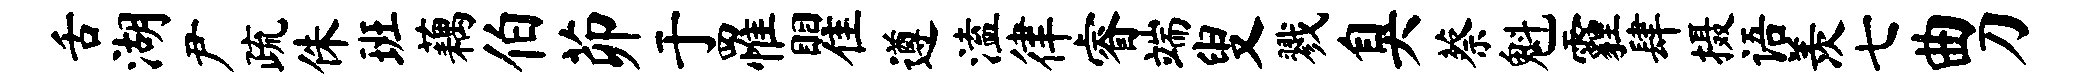
舌湖尹疏侏班藕伯茆于罹瞿遵溘律睿端叟戮臭蔡魁霾肆摄语羡七曲刀